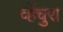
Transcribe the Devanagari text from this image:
व्हेंचुरा